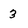
Character: 3